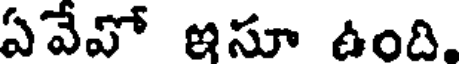
ఏవేవో ఇసూ ఉంది.